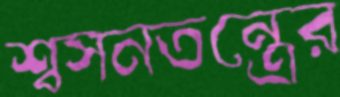
শ্বসনতন্ত্রের